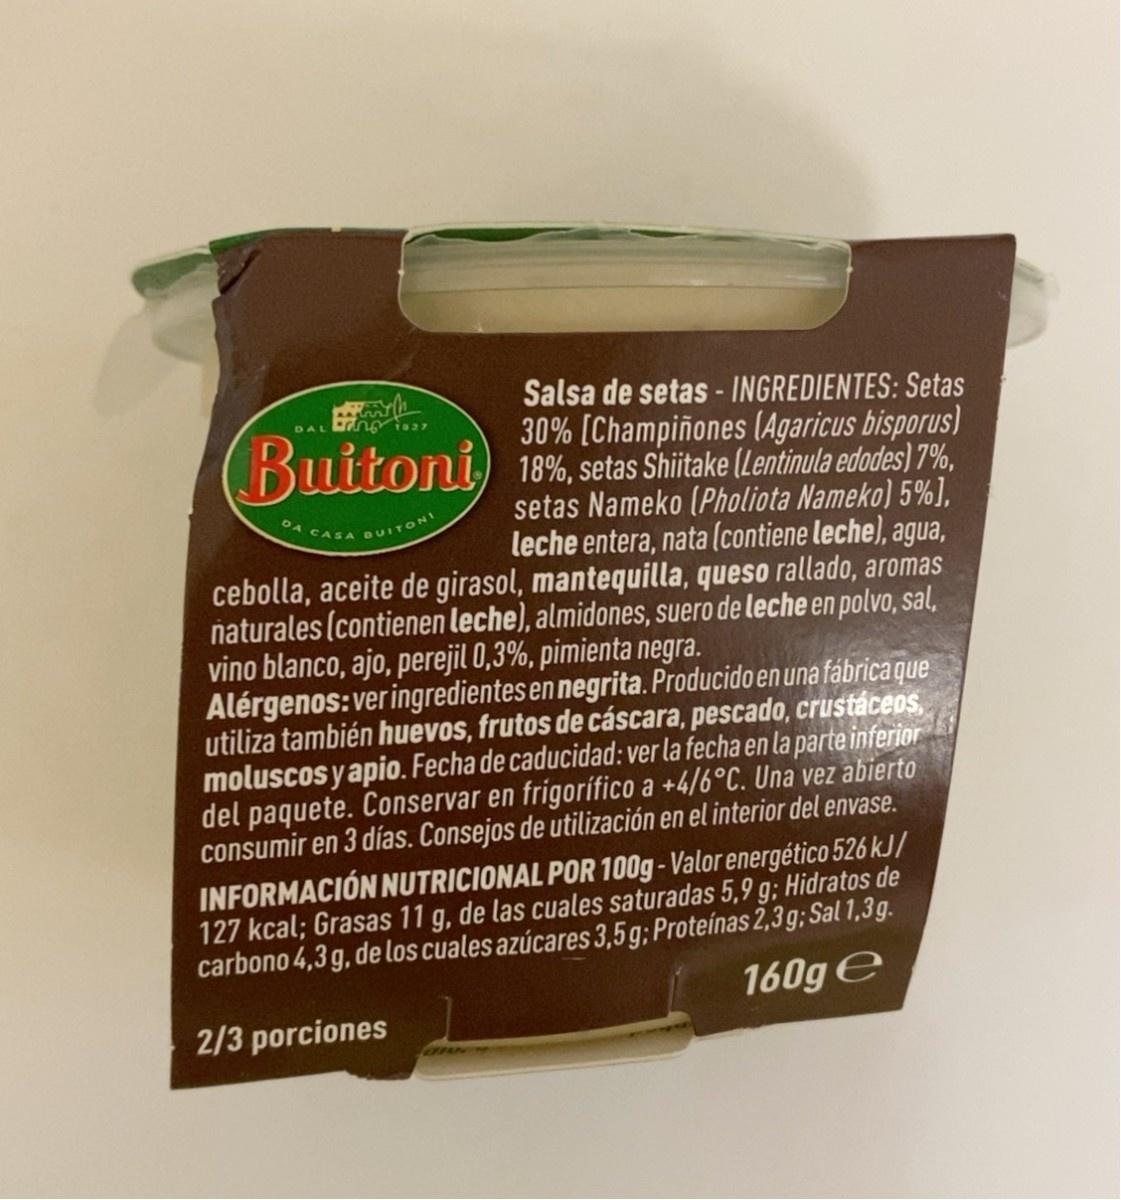
Salsa de setas - INGREDIENTES: Setas 30% [Champiñones (Agaricus bisporus) Buitoni) 18%, setas Shiitake (Lentinula edodes) 7%, setas Nameko (Pholiota Nameko) 5%], leche entera, nata (contiene leche), agua, cebolla, aceite de girasol, mantequilla, queso rallado, aromas naturales (contienen leche), almidones, suero de leche en polvo, sal,
DAI
DA CASA BUITONI
vino blanco, ajo, perejil 0,3%, pimienta negra.
Alérgenos:ver ingredientes en negrita. Producido en una fábrica que utiliza también huevos, frutos de cáscara, pescado, crustáceos, moluscos y apio. Fecha de caducidad: ver la fecha en la parte inferior del paquete. Conservar en frigorífico a +4/6°C. Una vez abierto consumir en 3 días. Consejos de utilización en el interior del envase. INFORMACIÓN NUTRICIONAL POR 100g-Valor energético 526 kJ/ 127 kcal; Grasas 11 g, de las cuales saturadas 5,9 g; Hidratos de carbono 4,3 g, de los cuales azúcares 3,5 g; Proteínas 2,3g; Sal 1,3 g. 160ge
2/3 porciones